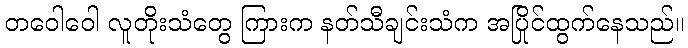
တဝေါဝေါ လူတိုးသံတွေ ကြားက နတ်သီချင်းသံက အပြိုင်ထွက်နေသည်။